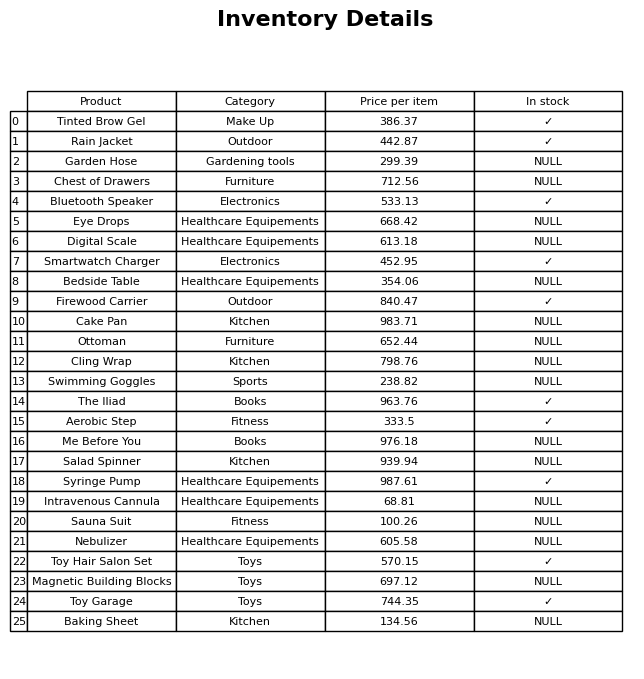
question: What is the stock status of the Rain Jacket?
answer: ✓